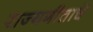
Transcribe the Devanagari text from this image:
राज्यगीताचे